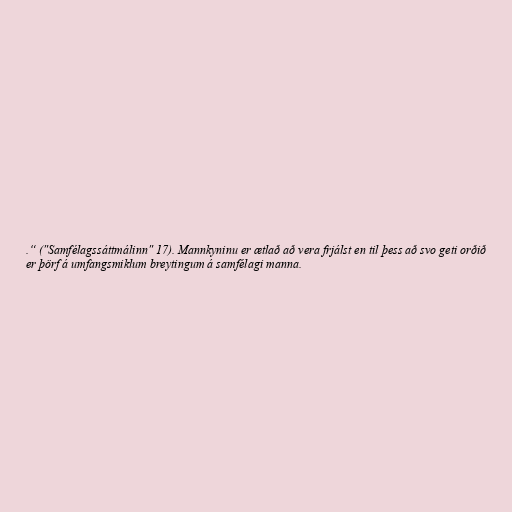
.“ ("Samfélagssáttmálinn" 17). Mannkyninu er ætlað að vera frjálst en til þess að svo geti orðið
er þörf á umfangsmiklum breytingum á samfélagi manna.